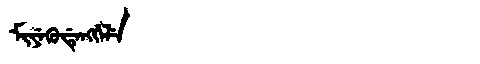
Manchu: ᠮᡳᠶᡝᡴᡠᡩᡝᠩᡤᡝᠯᡝ
Romanization: MIYEKUDENGGELE